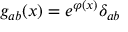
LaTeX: g _ { a b } ( x ) = e ^ { \varphi ( x ) } \delta _ { a b }